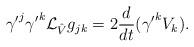
LaTeX: \begin{align*}{\gamma^{\prime}}^j{\gamma^{\prime}}^k\mathcal{L}_{\hat V}g_{jk}=2\frac{d}{dt}({\gamma^{\prime}}^kV_k).\end{align*}